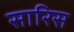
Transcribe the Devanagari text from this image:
सारिस